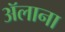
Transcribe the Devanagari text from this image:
ॲलाना